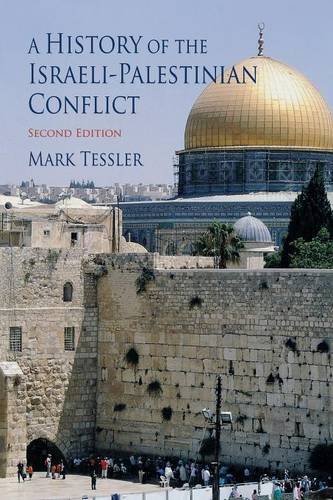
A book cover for A History of the Israeli-Palestinian Conflict (Indiana Series in Arab and Islamic Studies); Mark Tessler; History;